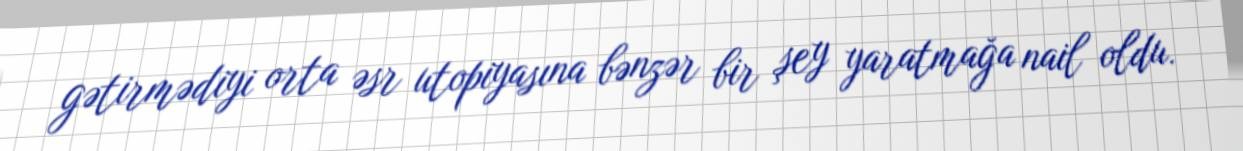
gətirmədiyi orta əsr utopiyasına bənzər bir şey yaratmağa nail oldu.